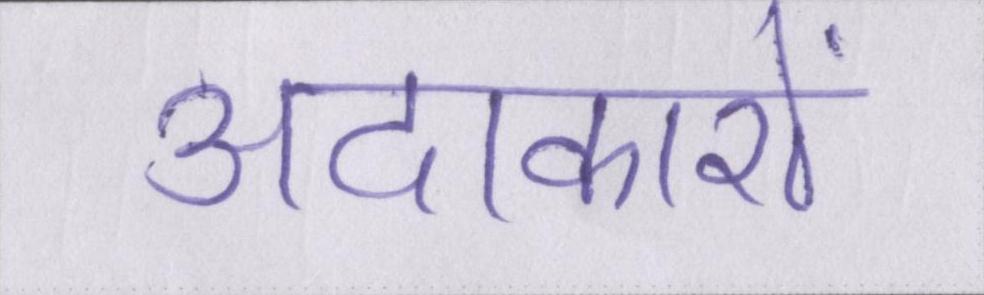
अदाकारों